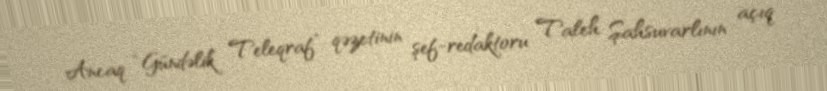
Ancaq “Gündəlik Teleqraf” qəzetinin şef-redaktoru Taleh Şahsuvarlının açıq